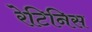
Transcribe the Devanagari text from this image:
रेटिनिस